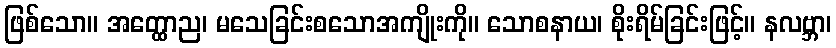
ဖြစ်သော။ အတ္ထောည၊ မသေခြင်းစသောအကျိုးကို။ သောစနာယ၊ စိုးရိမ်ခြင်းဖြင့်။ နလဗ္ဘာ၊